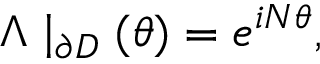
\Lambda \mid _ { \partial D } ( \theta ) = e ^ { i N \theta } ,